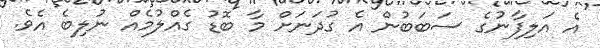
އެ އަލިފާނުގެ ސަބަބުން އެ ގުދަނަށް މާ ބޮޑު ގެއްލުމެއް ނުލިބެ އެވެ.